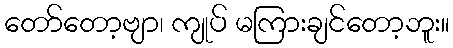
တော်တော့ဗျာ၊ ကျုပ် မကြားချင်တော့ဘူး။